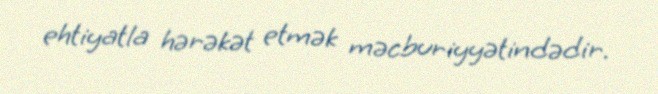
ehtiyatla hərəkət etmək məcburiyyətindədir.